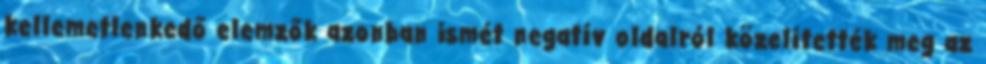
kellemetlenkedő elemzők azonban ismét negatív oldalról közelítették meg az